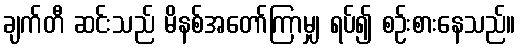
ချက်တီ ဆင်းသည် မိနစ်အတော်ကြာမျှ ရပ်၍ စဉ်းစားနေသည်။